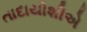
તાદાયોશીએ